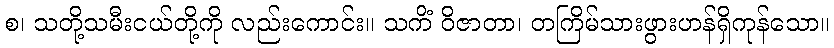
စ၊ သတို့သမီးငယ်တို့ကို လည်းကောင်း။ သကိံ ဝိဇာတာ၊ တကြိမ်သားဖွားဟန်ရှိကုန်သော။